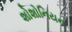
શોશોનિયન